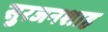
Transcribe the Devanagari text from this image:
सुरजनशाह